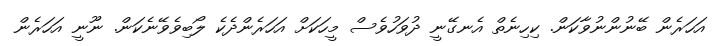
އަހަރެން ބޭނުންނުވާކަން. ކިހިނެތް އެނގޭނީ ދުވަހުވެސް މީހަކަށް އަހަރެންދެކެ ލޯބިވެވޭނެކަން. ނޫނީ އަހަރެން